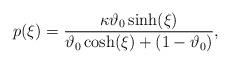
LaTeX: \begin{align*} p(\xi) = \frac{\kappa\vartheta_0\sinh(\xi)}{\vartheta_0\cosh(\xi) +(1-\vartheta_0)},\end{align*}